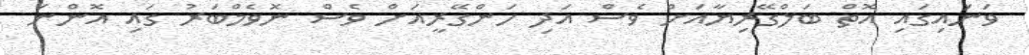
ވަނައިގައި އޮތް ބަލްގޭރިޔާއަށް ވެސް އަދި ހަންގޭރީއަށް ވެސް ނޮވެމްބަރު ގައި އޮންނަ